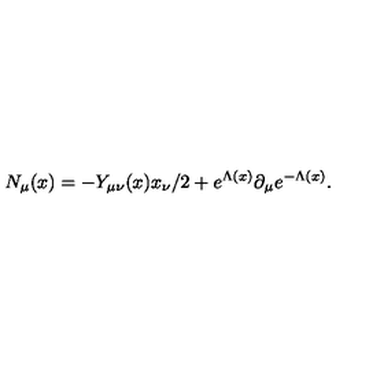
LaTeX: N _ { \mu } ( x ) = - Y _ { \mu \nu } ( x ) x _ { \nu } / 2 + e ^ { \Lambda ( x ) } \partial _ { \mu } e ^ { - \Lambda ( x ) } .